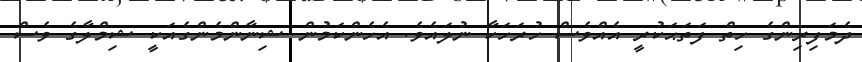
ދެމަފިރިންގެ ހިތް ފަތަޙަކުރީ އެއްވެސް ހުރަހަކާ ނުލައެވެ. އެހެންކަމުން ޝިނާންމެންގެއަކީ ޝިމްލާގެ ވެސް